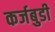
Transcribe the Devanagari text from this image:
कर्जबुडी